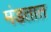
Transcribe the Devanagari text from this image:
मंडतात